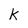
Character: K